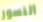
النسور